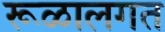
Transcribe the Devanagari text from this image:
रूळालगत